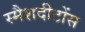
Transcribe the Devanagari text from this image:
स्मैशदीटोंस